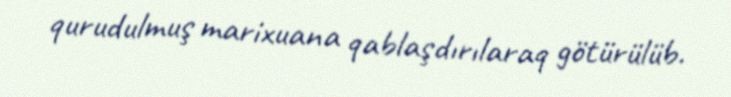
qurudulmuş marixuana qablaşdırılaraq götürülüb.